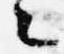
々